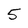
Character: 5